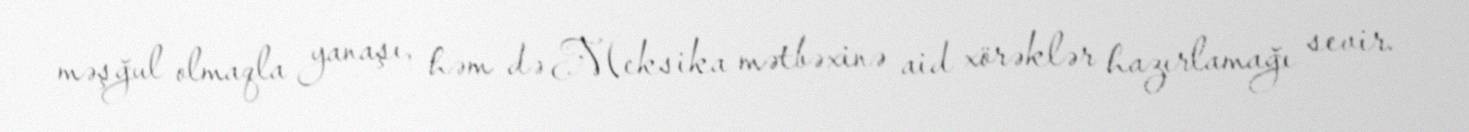
məşğul olmaqla yanaşı, həm də Meksika mətbəxinə aid xörəklər hazırlamağı sevir.